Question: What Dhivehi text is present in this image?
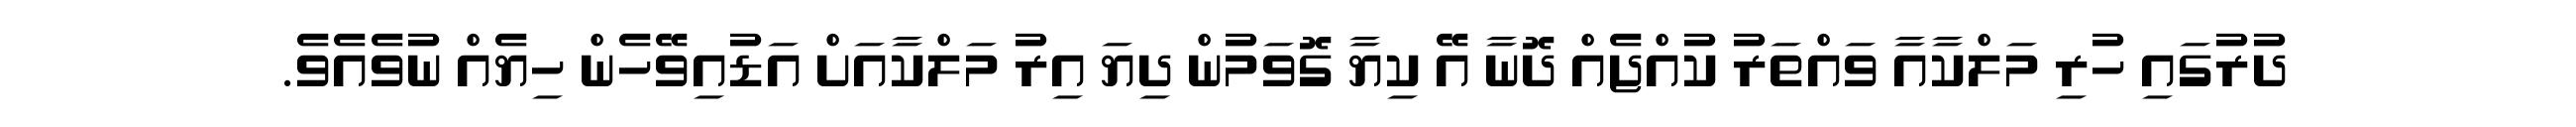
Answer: ދުރުގައި ހުރި މަލްކާއާ ވައްތަރު ކުއްޖެއް ދޮނާ އޭ ކިޔާ ގޮވަމުން ދިޔަ އިރު މަލްކާއަށް އަޑުއިވޭހެން ހިޔެއް ނުވެއެވެ.